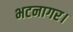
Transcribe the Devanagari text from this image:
भटनागर।